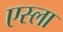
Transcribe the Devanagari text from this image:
एस्ला